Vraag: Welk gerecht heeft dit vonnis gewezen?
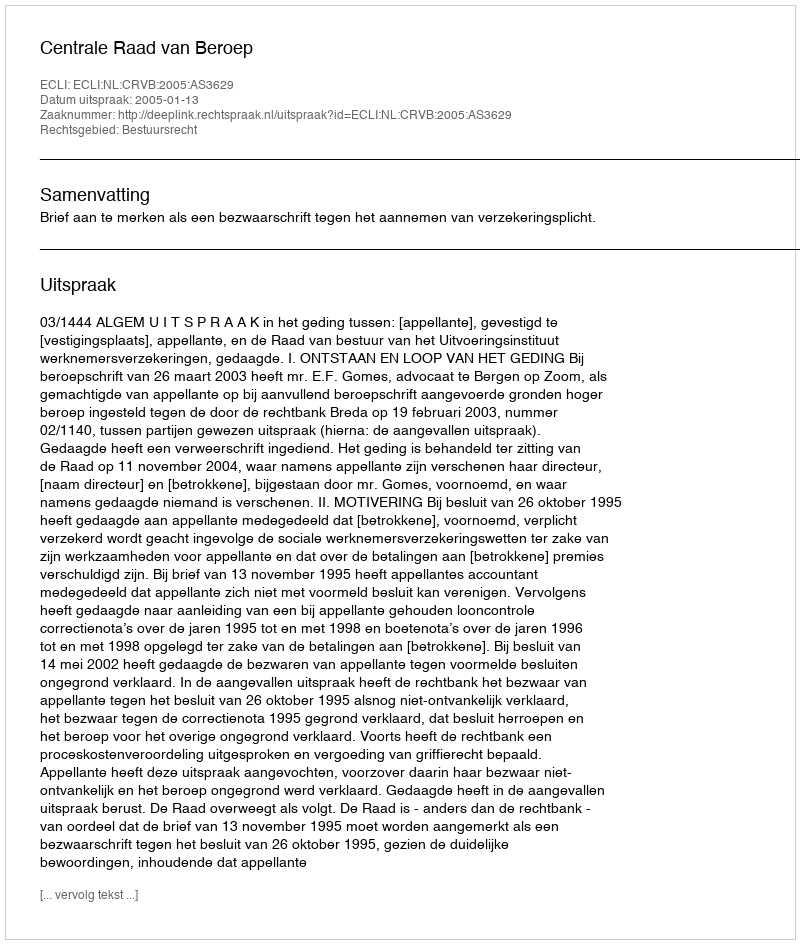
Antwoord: Centrale Raad van Beroep